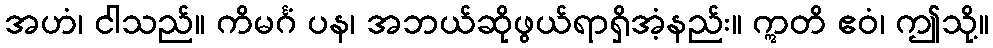
အဟံ၊ ငါသည်။ ကိမင်္ဂံ ပန၊ အဘယ်ဆိုဖွယ်ရာရှိအံ့နည်း။ ဣတိ ဧဝံ၊ ဤသို့။